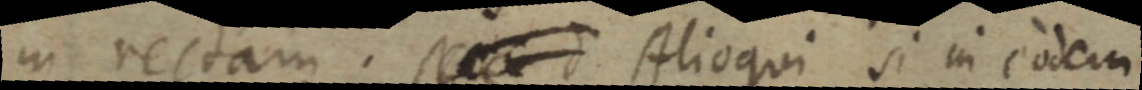
in rectam. Alioqui si in eodem